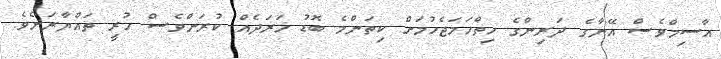
އާސިމްވެސް އޭނާގެ ދަރިންގެ ހިތްހަމަޖެހުމަށް ކިތަންމެ ބޮޑު ޚަރަދެއް ކުރަންވެސް ހުރީ ތައްޔާރަށެވެ.